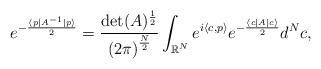
LaTeX: \begin{align*}e^{-\frac{\langle p\vert A^{-1}\vert p\rangle}{2}}=\frac{\det(A)^{\frac{1}{2}}}{\left(2\pi\right)^{\frac{N}{2}}}\int_{\mathbb{R}^N} e^{i\langle c,p\rangle} e^{-\frac{\langle c\vert A\vert c\rangle}{2}}d^Nc,\end{align*}